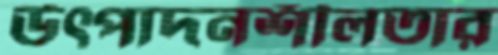
উৎপাদনশীলতার